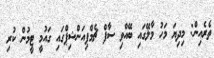
ތެރެއިން: މިދިޔަ މަހު މާލޭގައި ބޭއްވި ސާފް ޗެމްޕިއަންޝިޕްގައި ގައުމީ ޓީމުން ކުރި